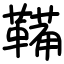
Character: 鞴